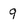
Character: 9